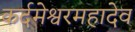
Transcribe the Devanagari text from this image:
कर्दमेश्वरमहादेव